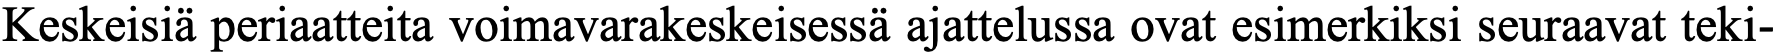
Keskeisiä periaatteita voimavarakeskeisessä ajattelussa ovat esimerkiksi seuraavat teki-